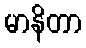
မာနိတာ